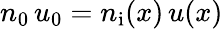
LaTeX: n_{0}\, u_{0}=n_{\mathrm{i}}(x)\, u(x)